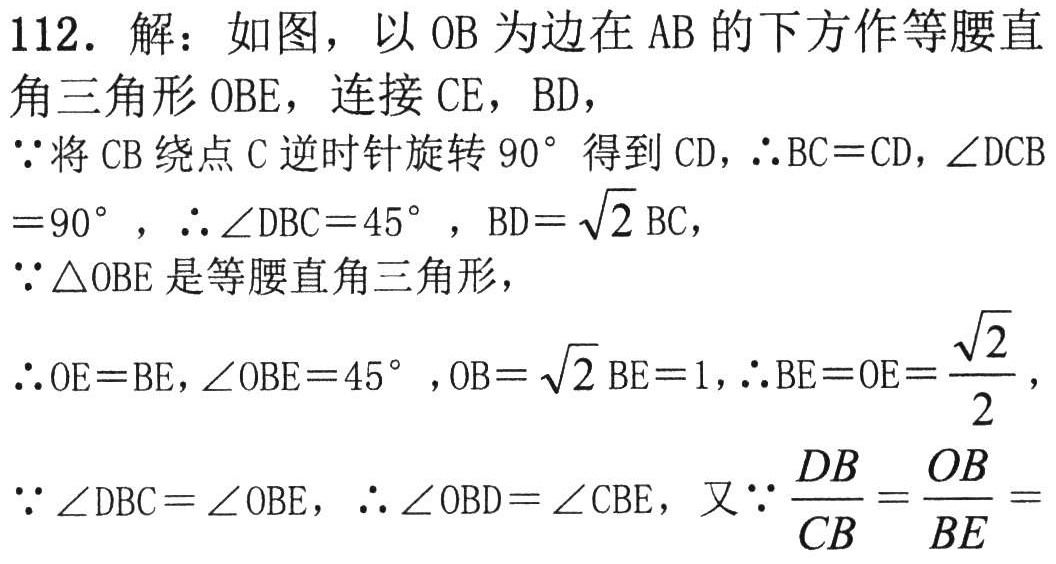
112. 解：如图，以\(OB\)为边在\(AB\)的下方作等腰直
角三角形\(OBE\)，连接\(CE\)，\(BD\)，
\(\because\)将\(CB\)绕点\(C\)逆时针旋转\(90^{\circ}\)得到\(CD\)，\(\therefore BC = CD\)，\(\angle DCB=90^{\circ}\)，\(\therefore\angle DBC = 45^{\circ}\)，\(BD=\sqrt{2}BC\)，
\(\because\triangle OBE\)是等腰直角三角形，
\(\therefore OE = BE\)，\(\angle OBE = 45^{\circ}\)，\(OB=\sqrt{2}BE = 1\)，\(\therefore BE = OE=\dfrac{\sqrt{2}}{2}\)，
\(\because\angle DBC=\angle OBE\)，\(\therefore\angle OBD=\angle CBE\)，又\(\because\dfrac{DB}{CB}=\dfrac{OB}{BE}=\)